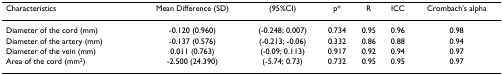
| Characteristics | Mean Difference (SD) | (95%CI) | p* | R | ICC | Crombach's alpha |
 | --- | --- | --- | --- | --- | --- | --- |
 | Diameter of the cord (mm) | -0.120 (0.960) | (-0.248; 0.007) | 0.734 | 0.95 | 0.96 | 0.98 |
 | Diameter of the artery (mm) | -0.137 (0.576) | (-0.213; -0.06) | 0.332 | 0.86 | 0.88 | 0.94 |
 | Diameter of the vein (mm) | 0.011 (0.763) | (-0.09; 0.113) | 0.917 | 0.92 | 0.94 | 0.97 |
 | Area of the cord (mm2) | -2.500 (24.390) | (-5.74; 0.73) | 0.732 | 0.95 | 0.95 | 0.97 |